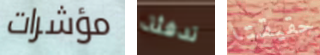
مؤشرات تدفئة حقيقتا